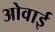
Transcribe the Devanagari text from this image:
ओवाई